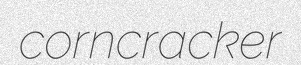
corncracker